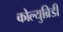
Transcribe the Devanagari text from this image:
कोल्युब्रिडी